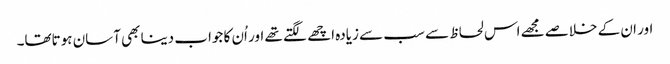
اور ان کے خلاصے مجھے اس لحاظ سے سب سے زیادہ اچھے لگتے تھے اور اُن کا جواب دینا بھی آسان ہوتاتھا۔